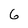
Character: 6